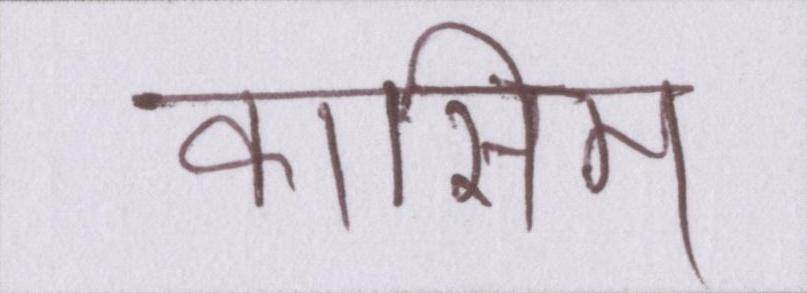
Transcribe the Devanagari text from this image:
कासिम